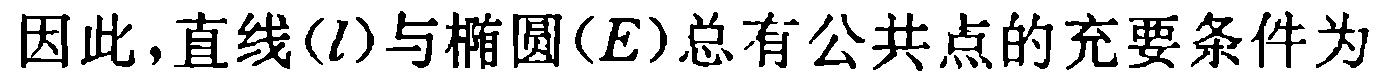
因此，直线\((l)\)与椭圆\((E)\)总有公共点的充要条件为